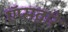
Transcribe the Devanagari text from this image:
ऍप्सद्वारे